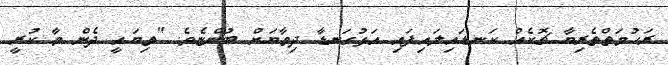
ރަހުމަތްތެރިޔާ ޗޮކެއް ކަނޑައިލައިފައި އަޅުގަނޑާ ދިމާޔަށް ބުންޏެވެ. "ތިޔައީ ދެން މާ ކުރީ